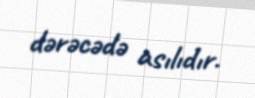
dərəcədə asılıdır.